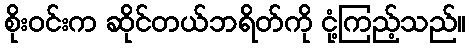
စိုးဝင်းက ဆိုင်တယ်ဘရိတ်ကို ငုံ့ကြည့်သည်။